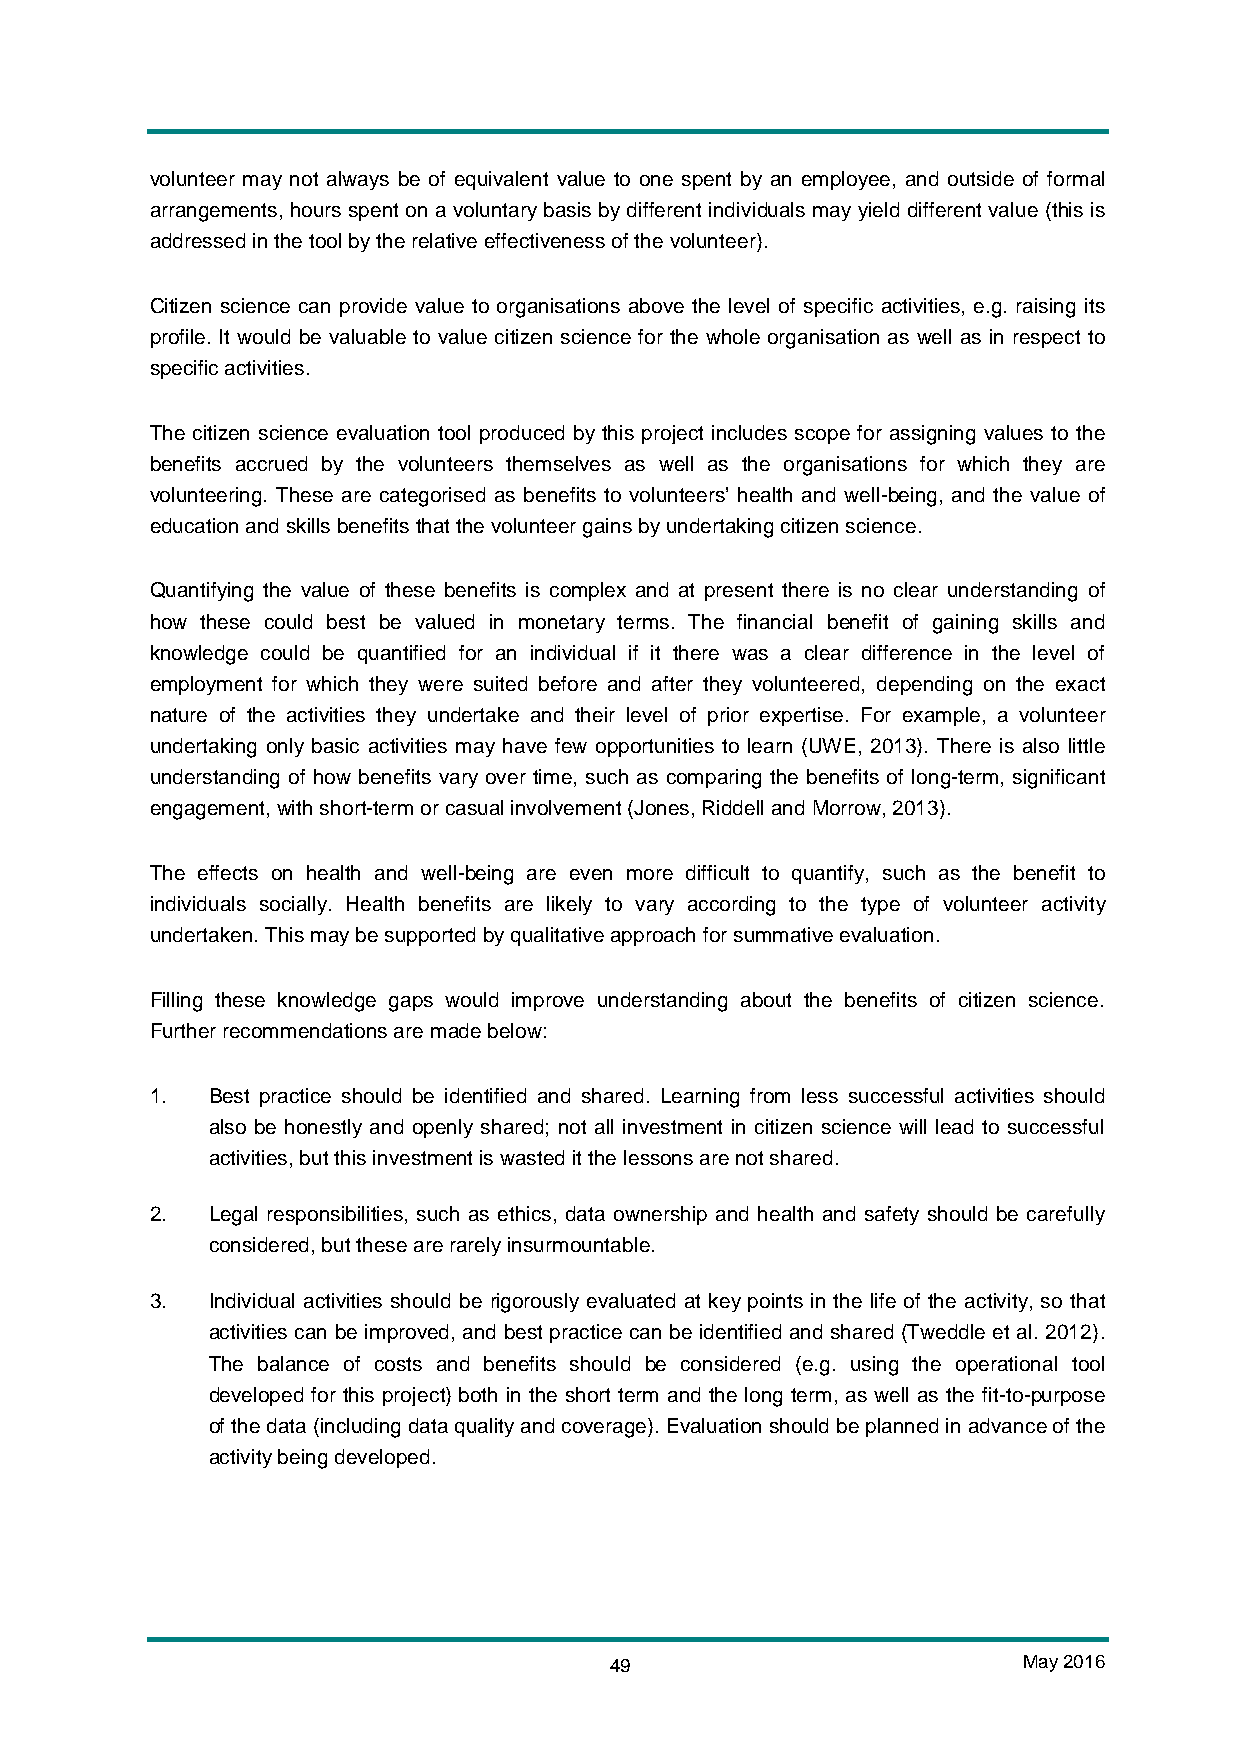
volunteer may not always be of equivalent value to one spent by an employee, and outside of formal
 arrangements, hours spent on a voluntary basis by different individuals may yield different value (this is
 addressed in the tool by the relative effectiveness of the volunteer).
 Citizen science can provide value to organisations above the level of specific activities, e.g. raising its
 profile. It would be valuable to value citizen science for the whole organisation as well as in respect to
 specific activities.
 The citizen science evaluation tool produced by this project includes scope for assigning values to the
 benefits accrued by the volunteers themselves as well as the organisations for which they are
 volunteering. These are categorised as benefits to volunteers’ health and well-being, and the value of
 education and skills benefits that the volunteer gains by undertaking citizen science.
 Quantifying the value of these benefits is complex and at present there is no clear understanding of
 how these could best be valued in monetary terms. The financial benefit of gaining skills and
 knowledge could be quantified for an individual if it there was a clear difference in the level of
 employment for which they were suited before and after they volunteered, depending on the exact
 nature of the activities they undertake and their level of prior expertise. For example, a volunteer
 undertaking only basic activities may have few opportunities to learn (UWE, 2013). There is also little
 understanding of how benefits vary over time, such as comparing the benefits of long-term, significant
 engagement, with short-term or casual involvement (Jones, Riddell and Morrow, 2013).
 The effects on health and well-being are even more difficult to quantify, such as the benefit to
 individuals socially. Health benefits are likely to vary according to the type of volunteer activity
 undertaken. This may be supported by qualitative approach for summative evaluation.
 Filling these knowledge gaps would improve understanding about the benefits of citizen science.
 Further recommendations are made below:
 1.  Best practice should be identified and shared. Learning from less successful activities should
 also be honestly and openly shared; not all investment in citizen science will lead to successful
 activities, but this investment is wasted it the lessons are not shared.
 2.  Legal responsibilities, such as ethics, data ownership and health and safety should be carefully
 considered, but these are rarely insurmountable.
 3.  Individual activities should be rigorously evaluated at key points in the life of the activity, so that
 activities can be improved, and best practice can be identified and shared (Tweddle et al. 2012).
 The balance of costs and benefits should be considered (e.g. using the operational tool
 developed for this project) both in the short term and the long term, as well as the fit-to-purpose
 of the data (including data quality and coverage). Evaluation should be planned in advance of the
 activity being developed.
 49                          May 2016